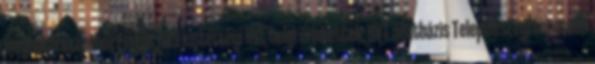
meghatározásához Forrás:HVS kistérségi HVI, helyi érintettek, HVT adatbázis TelepülésLegfontosabb